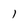
Character: 1